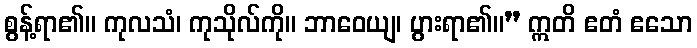
စွန့်ရာ၏။ ကုလသံ၊ ကုသိုလ်ကို။ ဘာဝေယျ၊ ပွားရာ၏။” ဣတိ ဧတံ ဧသော